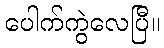
ပေါက်ကွဲလေပြီ။